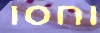
וחסו